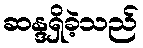
ဆန္ဒရှိခဲ့သည်